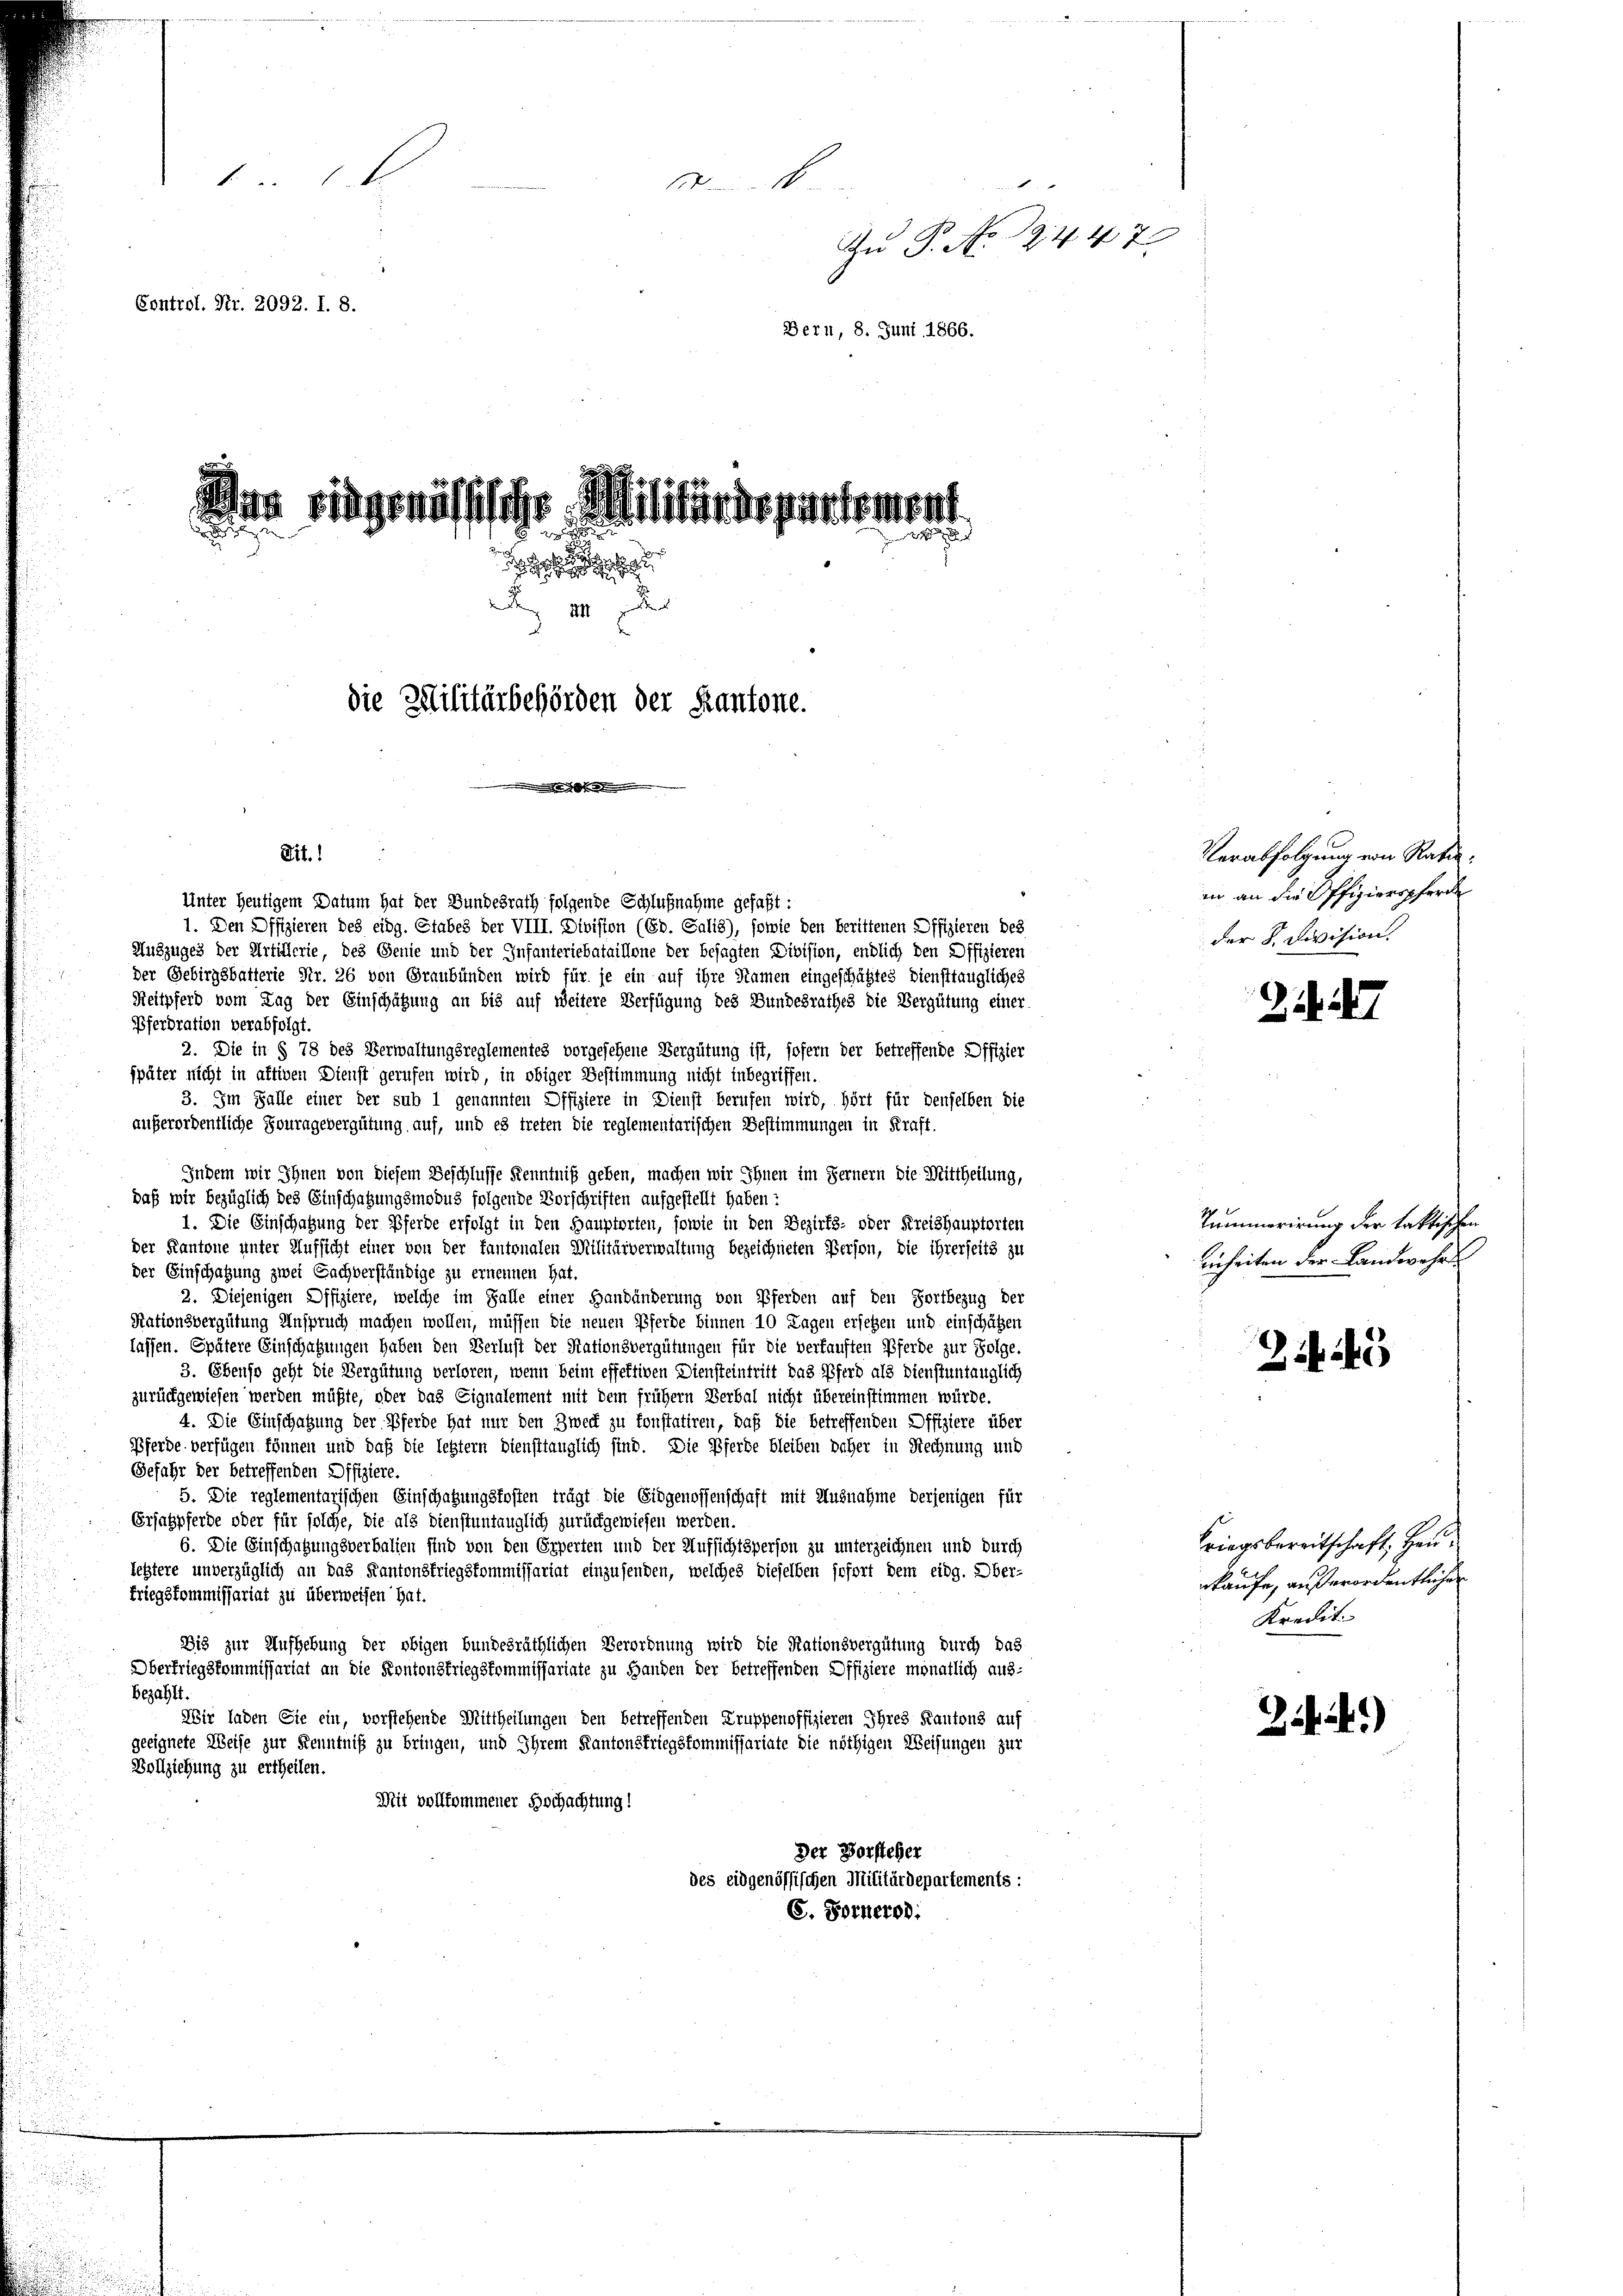
x
Muster die Wirkliche |

Zu P. No. 19447
Control. Kr. 2092. I. 8.
Bern, 8. Juni 1866.

Sit.1
Unter heutigem Datum hat der Bundesrath folgende Schlußnahme gefaßt:
1. Den Offizieren des eidg. Etabes der VIII. Division (Eb. Salis), sowie den berittenen Offizieren des
Auszuges der Artillerie, des Genie und der Infanteriebataillone der besagten Division, endlich den Offizieren
der Gebirgsbatterie Nr. 26 von Graubünden wird für je ein auf ihre Namen eingeschäftes Diensttaugliches
Reitpferd vom Tag der Einschätzung an bis auf weitere Verfügung des Bundesrathes die Vergütung einer
Pferdration verabfolgt.
2. Die in § 78 des Verwaltungsreglementes vorgesehene Vergütung ist, sofern der betreffende Offizier
später nicht in aktiven Dienst gerufen wird, in obiger Bestimmung nicht inbegriffen.
3. Im Falle einer der sub 1 genannten Offiziere in Dienst berufen wird, hört für denselben die
außerordentliche Fouragevergütung auf, und es treten die reglementarischen Bestimmungen in Kraft.
Indem wir Ihnen von diesem Beschlusse Kenntniß geben, machen wir Ihnen im Fernern die Mittheilung,
daß wir bezüglich des Einschatzungsmodus folgende Vorschriften aufgestellt haben?
1. Die Einschatzung der Pferde erfolgt in den Hauptorten, sowie in den Bezirks- oder Kreishauptorten
der Kantone unter Aufsicht einer von der kantonalen Militärverwaltung bezeichneten Person, die ihrerseits zu
der Einschatzung zwei Sachverständige zu ernennen hat.
2. Diejenigen Offiziere, welche im Falle einer Handänderung von Pferden auf den Fortbezug der
Nationsvergütung Anspruch machen wollen, müssen die neuen Pferde binnen 10 Tagen ersetzen und einschätzen
lassen. Spätere Einschatzungen haben den Verlust der Stationsvergütungen für die verkauften Pferde zur Folge.
3. Ebenso geht die Vergütung verloren, wenn beim effektiven Diensteintritt das Pferd als Dienstuntauglich
zurückgewiesen werden müßte, oder das Eignalement mit dem frühern Verbal nicht übereinstimmen würde.
4. Die Einschatzung der Pferde hat nur den Zweck zu konstatiren, daß die betreffenden Offiziere über
Pferde verfügen können und daß die letztern diensttänglich sind. Die Pferde bleiben daher in Rechnung und
Gefahr der betreffenden Offiziere.
5. Die reglementarischen Einschaffungskosten trägt die Eidgenossenschaft mit Ausnahme derjenigen für
Ersatzpferde oder für solche, die als dienstuntauglich zurückgewiesen werden.
6. Die Einschatzungsverbalien sind von den Erperten und der Aufsichtsperson zu unterzeichnen und durch
letztere unverzüglich an das Kantonsfriegskommissariat einzusenden, welches dieselben sofort dem eidg. Ober-
Friegskommissariat zu überweisen hat.
Dis zur Aufhebung der obigen bundesräthlichen Verordnung wird die Rationsvergütung durch das
Oberfriegskommissariat an die Kontonskriegskommissariate zu Handen der betreffenden Offiziere monatlich aus-
bezahlt.
Wir laden Sie ein, vorstehende Mittheilungen den betreffenden Truppenoffizieren Ihres Kantons auf
geeignete Weise zur Kenntniß zu bringen, und Ihrem Kantonsfriegskommissariate die nöthigen Weisungen zur
Vollziehung zu ertheilen.
Mit vollkommener Hochachtung!
Der Vorsteher
des eidgenössischen Militärdepartements:
C. Fornerod:

dnn ringenössische Militärdepartement

w

 III
die Zelilitärbehörden der Kantone.

Verabfolgung von Rati
in an die Offizierepferde
der K. Division.

Tummorirung der taktischen
einheiten der Landwehr

25

Kriegsbereitschaft, Heu
kaufe, außerordentlichen
Kredit.

Z. 4.)